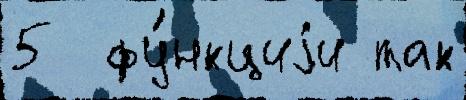
5  фу́нкциjи так